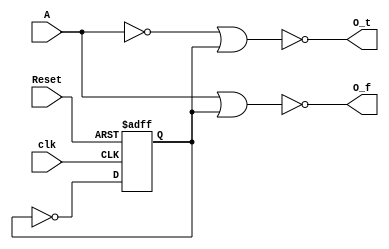
module precharge(input clk,input Reset, input A, output O_t, output O_f);
reg tempclk;
always@(posedge clk,posedge Reset) begin
if(Reset==1'b1) begin
tempclk<=1'b0;
end else begin
tempclk<=~tempclk;
end
end
assign O_t=~((~A) | tempclk);
assign O_f=~(A | tempclk);
endmodule